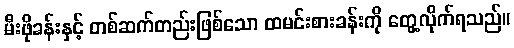
မီးဖိုခန်းနှင့် တစ်ဆက်တည်းဖြစ်သော ထမင်းစားခန်းကို တွေ့လိုက်ရသည်။